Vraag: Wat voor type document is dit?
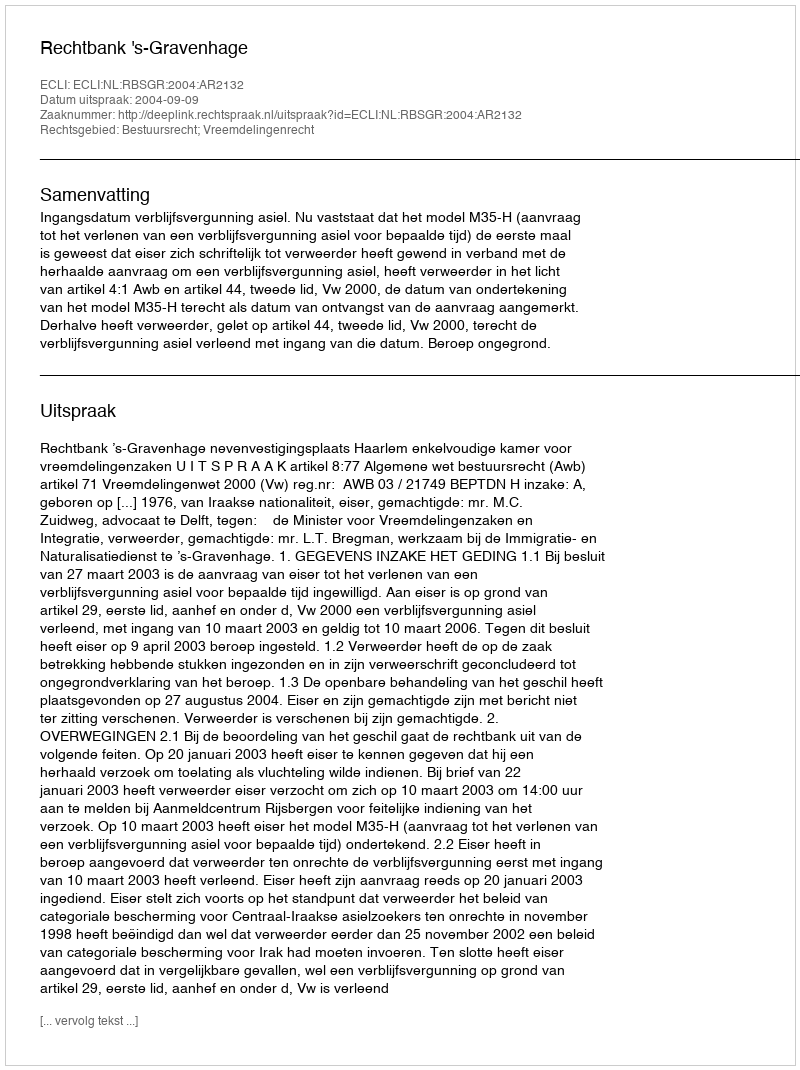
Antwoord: Uitspraak